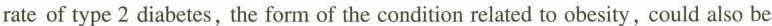
rate of type 2 diabetes, the form of the condition related to obesity, could also be